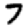
Digit: 7